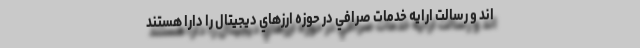
اند و رسالت ارايه خدمات صرافي در حوزه ارزهاي ديجيتال را دارا هستند